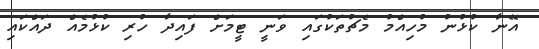
އޭނާ ކުޅުނު މުހިއްމު މެޗުތަކުގައި ވަނީ ޓީމަށް ފައިދާ ހުރި ކުޅުމެއް ދައްކައި